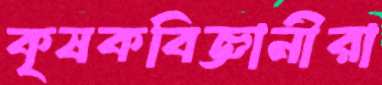
কৃষকবিজ্ঞানীরা